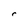
Character: r